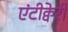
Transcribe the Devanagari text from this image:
एंटीक्वेरी